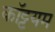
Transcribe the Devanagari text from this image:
कॉट्टयम